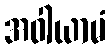
အဝါယာမံ